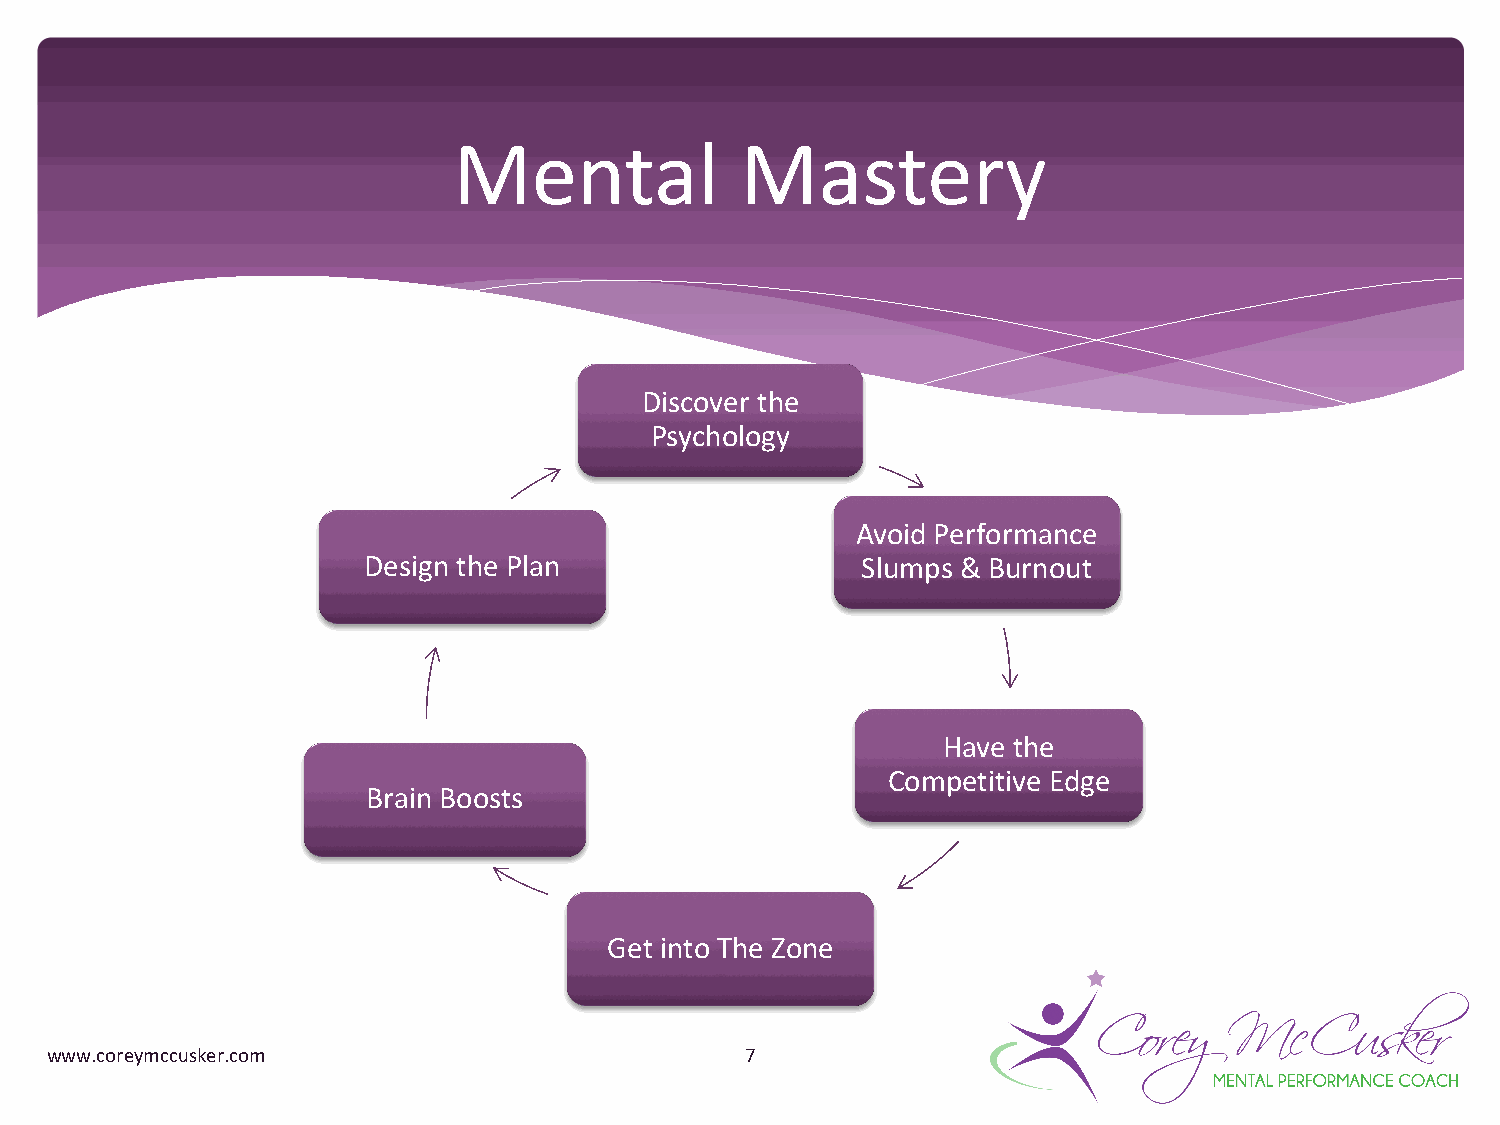
Mental             Mastery
 Discover the
 Psychology
 Avoid Performance
 Design the Plan                  Slumps & Burnout
 Have the
 Competitive Edge
 Brain Boosts
 Get into The Zone
 www.coreymccusker.com                         7